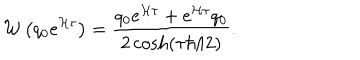
{ \cal W } \left( q _ { 0 } e ^ { { \cal H } \tau } \right) = { \frac { q _ { 0 } e ^ { { \cal H } \tau } + e ^ { { \cal H } \tau } q _ { 0 } } { 2 \cosh ( \tau \hbar / 2 ) } } .